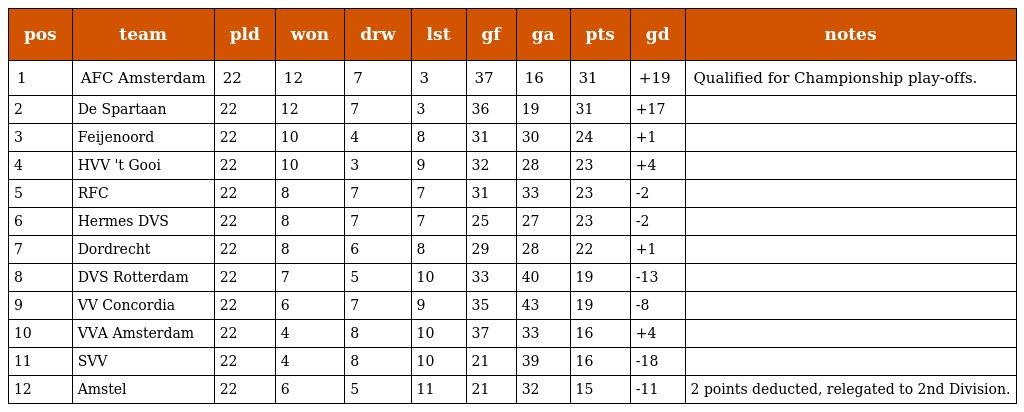
| pos | team | pld | won | drw | lst | gf | ga | pts | gd | notes |
 | --- | --- | --- | --- | --- | --- | --- | --- | --- | --- | --- |
 | 1 | AFC Amsterdam | 22 | 12 | 7 | 3 | 37 | 16 | 31 | +19 | Qualified for Championship play-offs. |
 | 2 | De Spartaan | 22 | 12 | 7 | 3 | 36 | 19 | 31 | +17 |  |
 | 3 | Feijenoord | 22 | 10 | 4 | 8 | 31 | 30 | 24 | +1 |  |
 | 4 | HVV 't Gooi | 22 | 10 | 3 | 9 | 32 | 28 | 23 | +4 |  |
 | 5 | RFC | 22 | 8 | 7 | 7 | 31 | 33 | 23 | -2 |  |
 | 6 | Hermes DVS | 22 | 8 | 7 | 7 | 25 | 27 | 23 | -2 |  |
 | 7 | Dordrecht | 22 | 8 | 6 | 8 | 29 | 28 | 22 | +1 |  |
 | 8 | DVS Rotterdam | 22 | 7 | 5 | 10 | 33 | 40 | 19 | -13 |  |
 | 9 | VV Concordia | 22 | 6 | 7 | 9 | 35 | 43 | 19 | -8 |  |
 | 10 | VVA Amsterdam | 22 | 4 | 8 | 10 | 37 | 33 | 16 | +4 |  |
 | 11 | SVV | 22 | 4 | 8 | 10 | 21 | 39 | 16 | -18 |  |
 | 12 | Amstel | 22 | 6 | 5 | 11 | 21 | 32 | 15 | -11 | 2 points deducted, relegated to 2nd Division. |